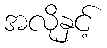
အလိုနှင့်